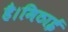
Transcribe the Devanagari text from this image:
है।मिठाई